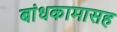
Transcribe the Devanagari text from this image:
बांधकामासह